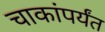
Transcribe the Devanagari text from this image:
चाकांपर्यंत